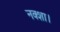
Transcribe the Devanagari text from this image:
नक्शा।